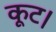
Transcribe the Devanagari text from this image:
कूट।